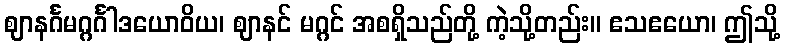
ဈာနင်္ဂမဂ္ဂင်္ဂါဒယောဝိယ၊ ဈာနင် မဂ္ဂင် အစရှိသည်တို့ ကဲ့သို့တည်း။ ဧသဧယော၊ ဤသို့